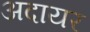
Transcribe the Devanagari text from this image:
अदायर